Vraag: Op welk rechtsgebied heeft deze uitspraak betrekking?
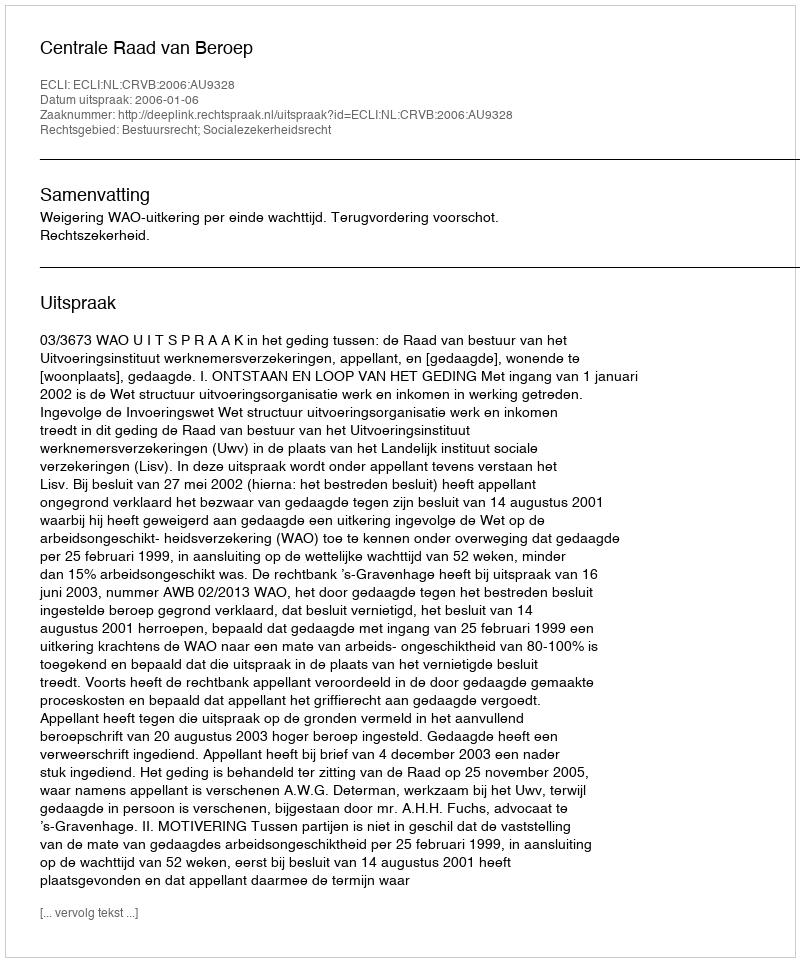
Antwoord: Bestuursrecht; Socialezekerheidsrecht